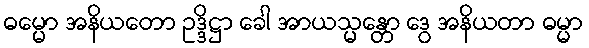
ဓမ္မော အနိယတော ဥဒ္ဒိဋ္ဌာ ခေါ အာယသ္မန္တော ဒွေ အနိယတာ ဓမ္မာ